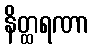
နိတ္ထရဏာ